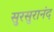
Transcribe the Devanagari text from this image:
सुरसुरानंद